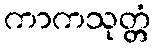
ကာကသုတ္တံ